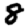
Digit: 8